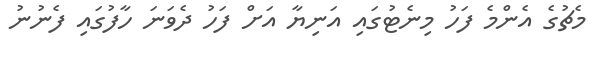
މެޗުގެ އެންމެ ފަހު މިނެޓުގައި އަނިޔާ އަށް ފަހު ދެވަނަ ހާފުގައި ފެނުނު